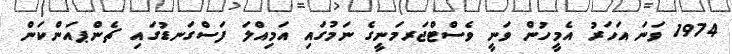
1974 ވަނަ އަހަރު އެމީހުން ވަނީ ވެސްޓްޖަރމަނީގެ ނަމުގައި އަމިއްލަ ފަސްގަނޑުގައި ޗެންޕއަންކަން